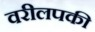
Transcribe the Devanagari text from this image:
वरीलपकी